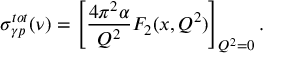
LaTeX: \sigma _ { { \gamma } p } ^ { t o t } ( \nu ) = \left[ \frac { 4 \pi ^ { 2 } \alpha } { Q ^ { 2 } } F _ { 2 } ( x , Q ^ { 2 } ) \right] _ { Q ^ { 2 } = 0 } .